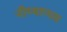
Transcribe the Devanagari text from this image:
नीय्याप्पम